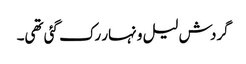
گردش لیل و نہار رک گئی تھی۔